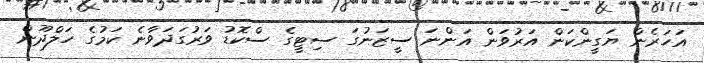
އަހަރެން ޔަގީންކަން އަރުވަން އަންނަ ސީޒަނުގަ ސިޓީގެ ސްކޮޑު ވަރުގަދަވާނެ ކަމުގެ ހަލްދޫން